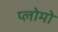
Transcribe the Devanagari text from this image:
प्लोमो